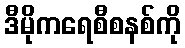
ဒီမိုကရေစီစနစ်ကို